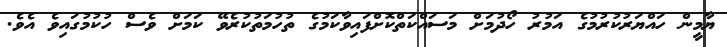
ޔާމީން ހައްޔަރުކުރުމުގެ އަމުރު ހޯދުމަށް މަސައްކަތްކޮށްފައިވާކަމުގެ ތުހުމަތުކުރެވޭ ކަމަށް ވެސް ހުކުމުގައިވެ އެވެ.